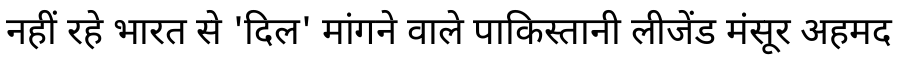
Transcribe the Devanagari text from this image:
नहीं रहे भारत से 'दिल' मांगने वाले पाकिस्तानी लीजेंड मंसूर अहमद